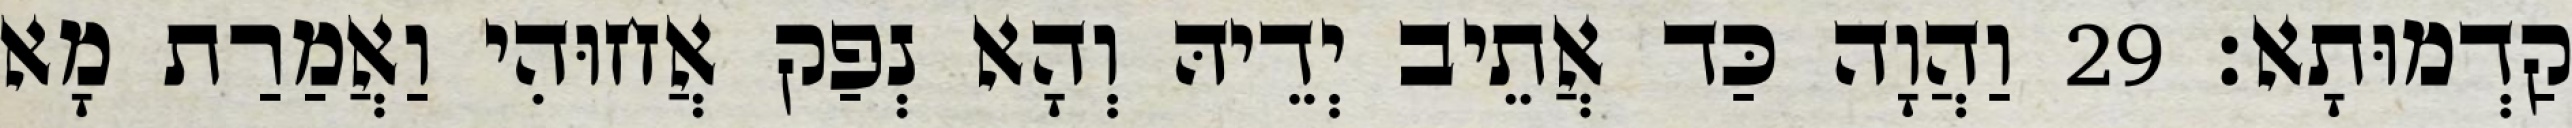
קַדְמוּתָא׃ 29 וַהֲוָה כַּד אֲתֵיב יְדֵיהּ וְהָא נְפַק אֲחוּהִי וַאֲמַרַת מָא